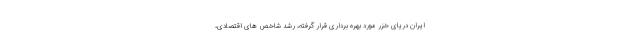
ایران دریای خزر مورد بهره برداری قرار گرفته، رشد شاخص های اقتصادی،